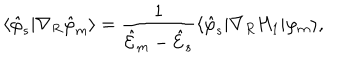
LaTeX: \langle \hat { \varphi } _ { s } | \nabla _ { R } \hat { \varphi } _ { m } \rangle = \frac 1 { { \cal \hat { E } } _ { m } - { \cal \hat { E } } _ { s } } \langle \hat { \varphi } _ { s } | \nabla _ { R } H _ { 1 } | \varphi _ { m } \rangle ,